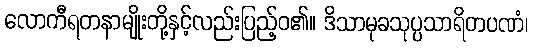
လောကီရတနာမျိုးတို့နှင့်လည်းပြည့်ဝ၏။ ဒိသာမုခသုပ္ပသာရိတပဏံ၊